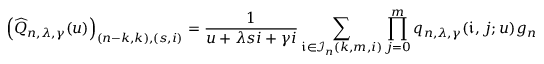
\left( \widehat { Q } _ { n , \lambda , \gamma } ( u ) \right) _ { ( n - k , k ) , ( s , i ) } = \frac { 1 } { u + \lambda s i + \gamma i } \sum _ { \mathfrak { i } \in \mathcal { I } _ { n } ( k , m , i ) } \prod _ { j = 0 } ^ { m } q _ { n , \lambda , \gamma } ( \mathfrak { i } , j ; u ) g _ { n , m , \lambda , \gamma } ( \mathfrak { i } , j ; u )